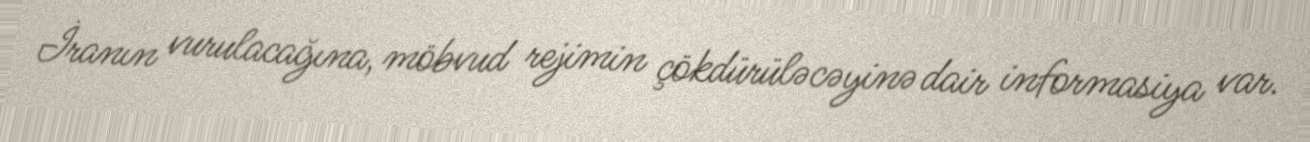
İranın vurulacağına, möbvud rejimin çökdürüləcəyinə dair informasiya var.